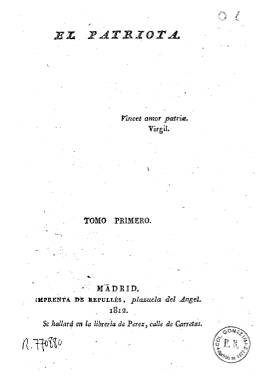
Título: El Patriota
Colección: Periódicos anteriores a 1850
Ámbito geográfico: Madrid
Lugar de publicación: Madrid
Fechas: 01/01/1812-29/12/1813

Esta colección consta de los 52 números de la segunda época, impresos en Madrid entre 1812 y 1813. El primer ejemplar no tiene fecha ni numeración, y en el segundo solo consta la numeración (n. 2). La publicación se suspendió entre noviembre de 1812 y julio de 1813.